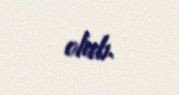
olub.